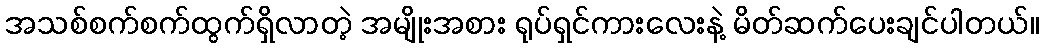
အသစ်စက်စက်ထွက်ရှိလာတဲ့ အမျိုးအစား ရုပ်ရှင်ကားလေးနဲ့ မိတ်ဆက်ပေးချင်ပါတယ်။